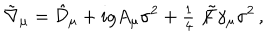
LaTeX: \tilde { \nabla } _ { \mu } = \hat { \mathcal { D } } _ { \mu } + i g A _ { \mu } \sigma ^ { 2 } + { \textstyle \frac { 1 } { 4 } } \not \! \tilde { F } \gamma _ { \mu } \sigma ^ { 2 } \, ,